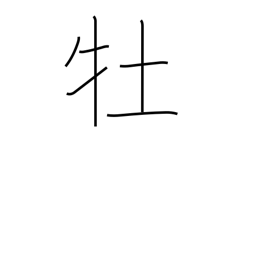
Meaning: male